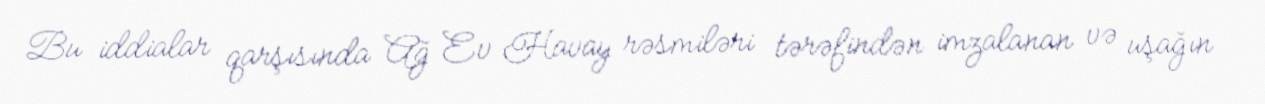
Bu iddialar qarşısında Ağ Ev Havay rəsmiləri tərəfindən imzalanan və uşağın